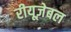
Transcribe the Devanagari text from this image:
रीयूज़ेबल